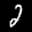
Label: 2